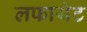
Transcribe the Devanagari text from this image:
लफायेट